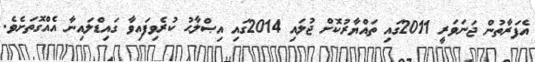
އެފަރާތުން ޖަނަވަރީ 2011ގައި ތައްޔާރުކޮށް ޖުލައި 2014ގައި އިޞްލާޙު ކުރެވިފައިވާ ގައިޑްލައިނާ އެއްގޮތަށެވެ.